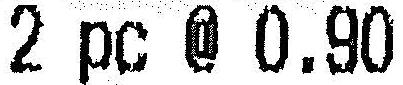
2 PC @ 0.90